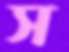
স